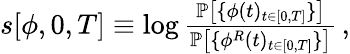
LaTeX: \begin{array}{r}{{s}[{\phi},0,T]\equiv\log\frac{\mathbb{P}\left[\{ \phi(t)_{t\in[0,T]}\} \right]}{\mathbb{P}\left[\{ \phi^{R}(t)_{t\in[0,T]}\} \right]}\, ,}\end{array}